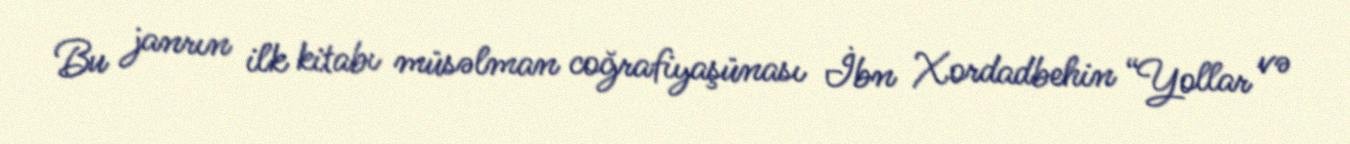
Bu janrın ilk kitabı müsəlman coğrafiyaşünası İbn Xordadbehin “Yollar və